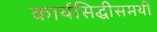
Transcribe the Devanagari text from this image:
कार्यसिद्धीसमयी